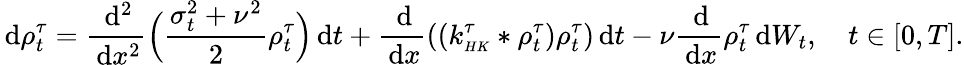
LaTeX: \, \mathrm{d}\rho_{t}^{\tau}=\frac{\, \mathrm{d}^{2}}{\, \mathrm{d}x^{2}}\Big(\frac{\sigma_{t}^{2}+\nu^{2}}{2}\rho_{t}^{\tau}\Big)\, \mathrm{d}t+\frac{\, \mathrm{d}}{\, \mathrm{d}x}((k_{\scriptscriptstyle{HK}}^{\tau}*\rho_{t}^{\tau})\rho_{t}^{\tau})\, \mathrm{d}t-\nu\frac{\, \mathrm{d}}{\, \mathrm{d}x}\rho_{t}^{\tau}\, \mathrm{d}W_{t},\quad t\in[0,T].